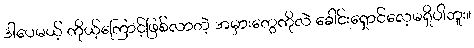
ဒါပေမယ့် ကိုယ့်ကြောင့်ဖြစ်လာတဲ့ အမှားတွေကိုလဲ ခေါင်းရှောင်လေ့မရှိပါဘူး။